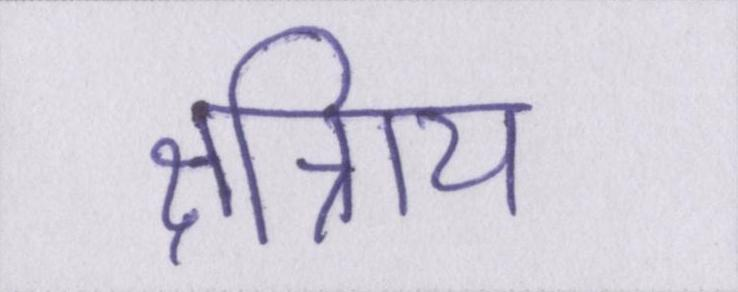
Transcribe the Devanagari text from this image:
क्षत्रिाय